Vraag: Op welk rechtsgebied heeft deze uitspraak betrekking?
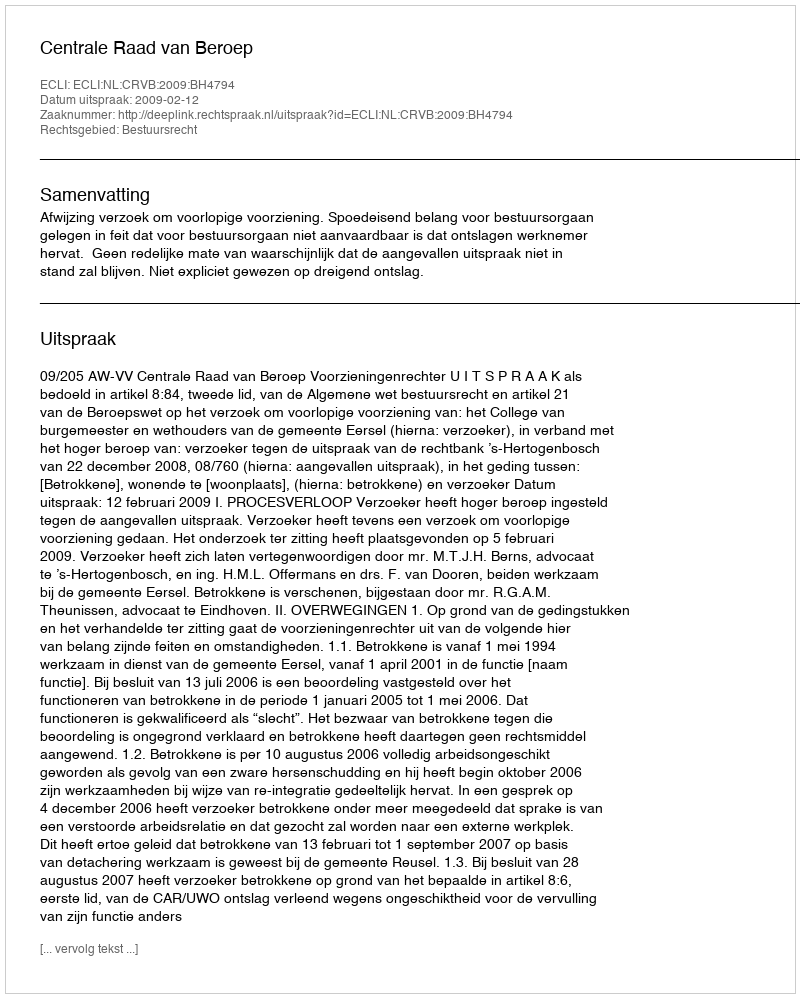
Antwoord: Bestuursrecht